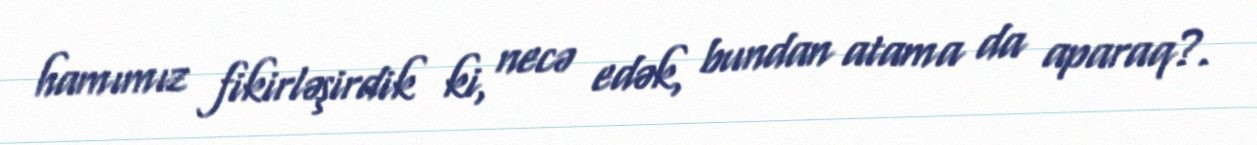
hamımız fikirləşirdik ki, necə edək, bundan atama da aparaq?.